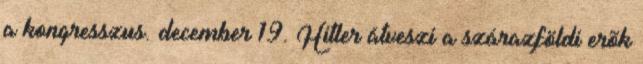
a kongresszus. december 19. Hitler átveszi a szárazföldi erõk